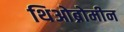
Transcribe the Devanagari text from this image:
थिओब्रोमीन